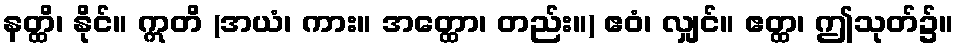
နတ္ထိ၊ နိုင်။ ဣတိ (အယံ၊ ကား။ အတ္ထော၊ တည်း။) ဧဝံ၊ လျှင်။ ဧတ္ထ၊ ဤသုတ်၌။